Civil Veterinary Dept. Assam report 1927-50 - 1927-1950
Year: 1927
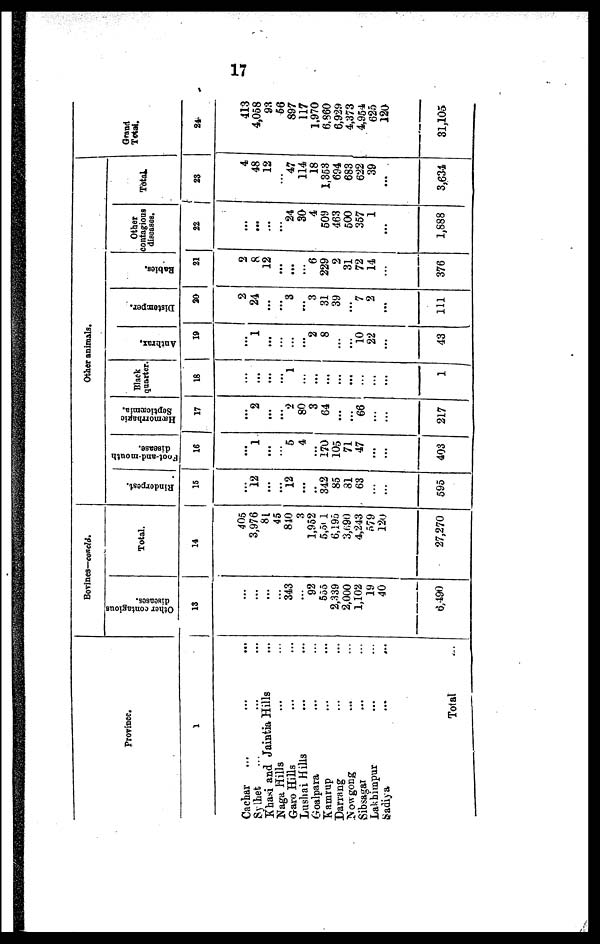
17
Province.
1
Cachar
...
...
...
Sylhet ... ... ...
Khasi and Jaintia Hills ...
Naga Hills ... ...
Garo Hills ... ...
Lushai Hills ... ...
Goalpara ... ...
Kamrup ... ...
Darrang ... ...
Nowgong ... ...
Sibsagar ... ...
Lakhimpur ... ...
Sadiya
...
...
Total ...
Bovines—concld.
Other contagious
diseases.
13
...
...
...
343
...
92
555
2,339
2,000
1,102
19
40
6,490
Total.
14
405
3,976
81
45
810
3
1,952
5,501
6,195
3,690
4,243
579
120
27,270
Other animals
Rinderpest.
15
12
...
...
12
...
..
342
85
81
63
...
...
595
Foot-and-mouth
disease.
16
1
...
5
4
...
170
105
71
47
...
...
403
Hæmorrhagic
Septicæmia.
17
2
...
...
2
80
3
64
...
...
66
...
...
217
Black
quarter.
18
...
...
...
1
...
...
...
...
...
...
1
Anthrax,
19
1
...
...
...
2
8
...
...
10
22
...
43
Distemper.
30
2
24
...
...
3
...
3
31
39
...
7
2
...
111
Babies.
21
2
8
12
...
...
...
6
229
2
31
72
14
...
376
Other
contagious
diseases.
22
...
...
...
...
24
30
4
509
463
500
357
1
...
1,888
Total.
23
4
48
12
47
114
18
1,353
694
683
622
39
...
3,634
Grand
Total.
24
413
4,058
93
66
897
117
1,970
6,860
6,929
4,373
4,954
625
120
31,105